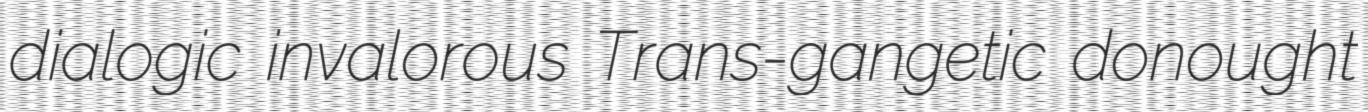
dialogic invalorous Trans-gangetic donought